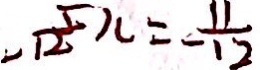
- \frac { 5 } { 1 2 } x = - \frac { 1 1 } { 1 2 }